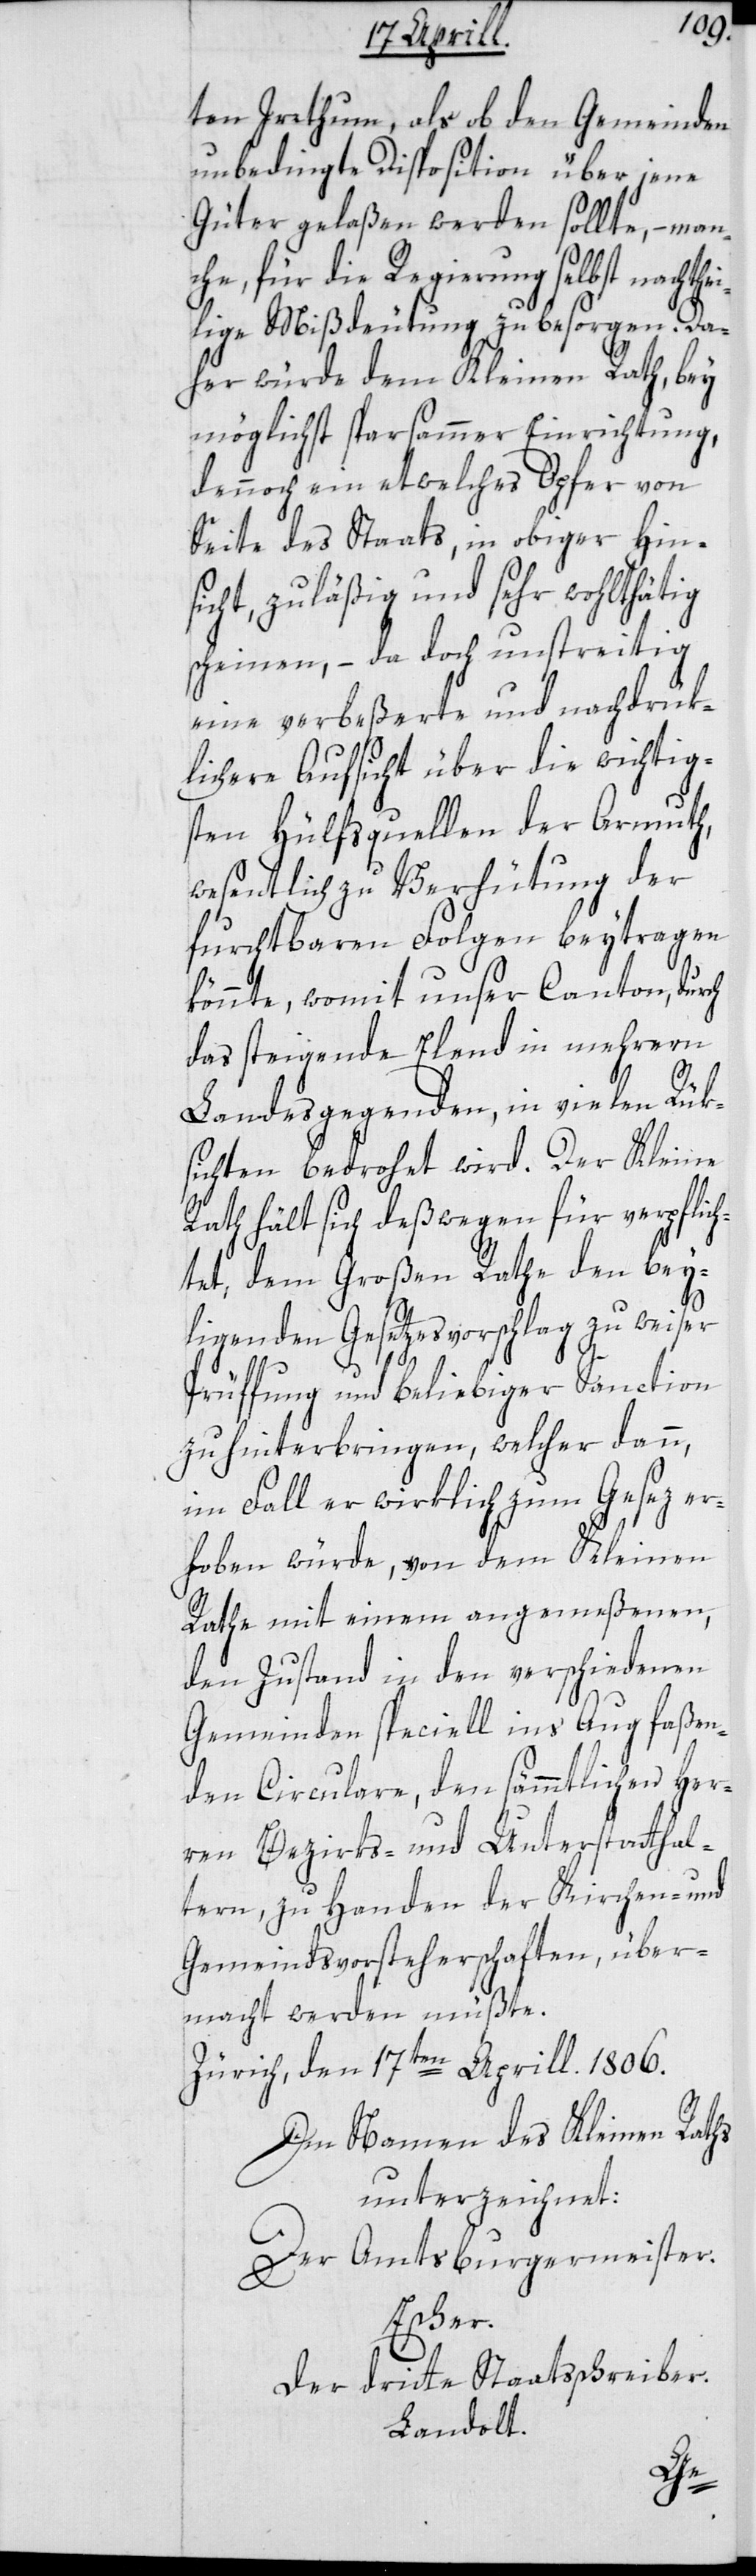
ten Irrthum, als ob den Gemein¬
unbedingte Disposition über jene
Güter gelaßen werden sollte, – ma¬
che, für die Regierung selbst nachthe¬
ilige Mißdeutung zu besorgen. Da¬
her würde dem Kleinen Rath, bey
möglichst sparsammer Einrichtung,
dennoch ein etwelches Opfer von
Seite des Staats, in obiger Hin¬
sicht, zuläßig und sehr wohlthätig
scheinen, – da doch unstreitig
eine verbeßerte und nachdrük¬
lichere Aufsicht über die wichtig¬
sten Hülfsquellen der Armuth,
wesentlich zu Verhütung der
furchtbaren Folgen beytragen
könnte, womit unser Canton dur¬
das steigende Elend in mehrern
Landesgegenden, in vielen Rük¬
sichten bedrohet wird. Der Kleine
Rath hält sich deßwegen für verpflich¬
tet, dem Großen Rate den bey¬
liegenden Gesetzesvorschlag zu weiser
Prüffung und beliebiger Sanction
zu hinterbringen, welcher dann,
im Fall er wirklich zum Gesez er¬
hoben würde, von dem Kleinen
Rathe mit einem angemeßenen,
den Zustand in den verschiedenen
Gemeinden speciell ins Aug faßen¬
den Circulare, den sämmtlichen Her¬
ren Bezirks- und Unterstatthal¬
tern, zu Handen der Kirchen- und
Gemeindsvorsteherschaften, über¬
macht werden müßte.
Zürich, den 17ten Aprill. 1806.
Im Namen des Kleinen Raths
unterzeichnet:
Der Amtsburgermeister.
Escher.
der dritte Staatsschreiber.
Landolt.
ch